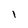
Character: 1